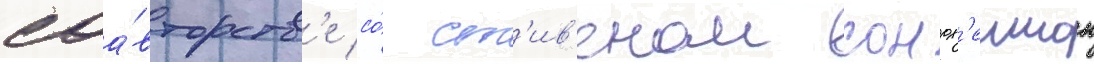
соа́вторств'е со́ ст'ив'еном сондх'еимом